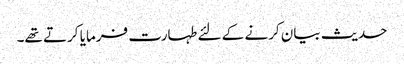
حدیث بیان کرنے کے لئے طہارت فرمایا کرتے تھے۔